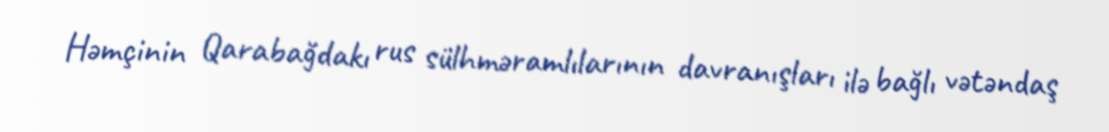
Həmçinin Qarabağdakı rus sülhməramlılarının davranışları ilə bağlı vətəndaş